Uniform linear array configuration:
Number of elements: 12
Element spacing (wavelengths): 0.75
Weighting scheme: hamming
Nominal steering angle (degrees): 0
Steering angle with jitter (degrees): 1.45
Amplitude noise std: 0.05
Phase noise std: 0.05

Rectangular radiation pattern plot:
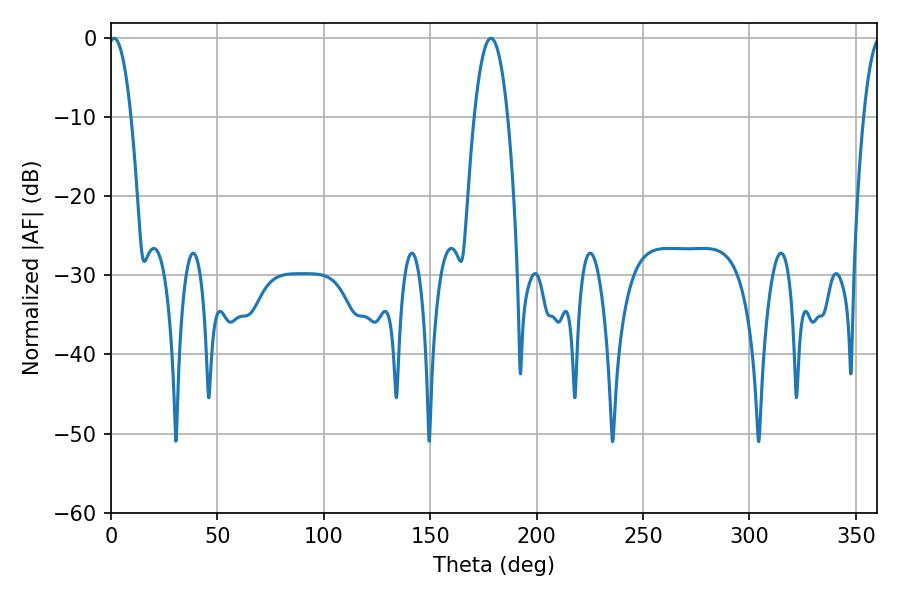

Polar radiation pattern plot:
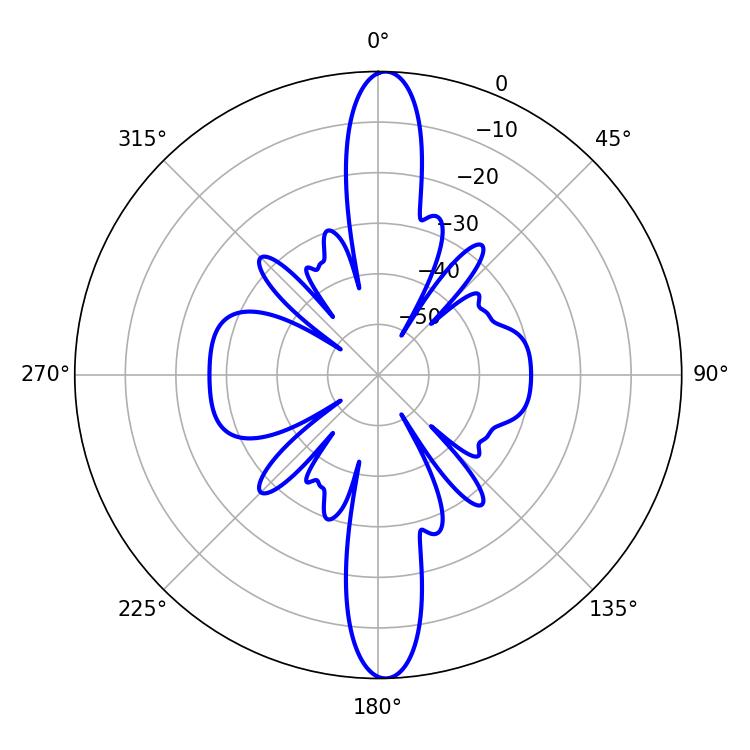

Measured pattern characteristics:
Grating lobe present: TRUE
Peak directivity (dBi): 24.212
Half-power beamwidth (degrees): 5.76
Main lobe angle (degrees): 1.44